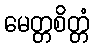
မေတ္တစိတ္တံ